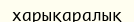
харықаралық